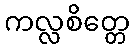
ကလ္လစိတ္တေ